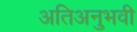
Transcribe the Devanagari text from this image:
अतिअनुभवी